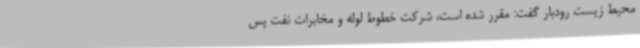
محیط زیست رودبار گفت: مقرر شده است، شرکت خطوط لوله و مخابرات نفت پس